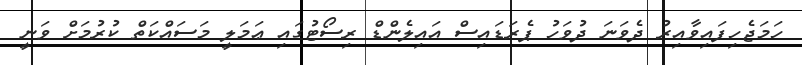
ހަމަޖެހިފައިވާއިރު ދެވަނަ ދުވަހު ޕެރަޑައިސް އައިލެންޑް ރިސޯޓުގައި ޢަމަލީ މަސައްކަތް ކުރުމަށް ވަނީ